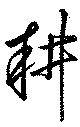
耕